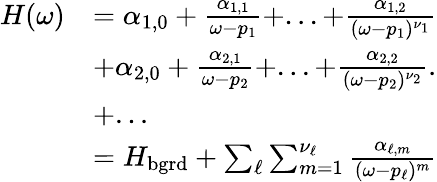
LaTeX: \begin{array}{r}{\begin{array}{rl}{H(\omega)}&{=\alpha_{1,0}+\frac{\alpha_{1,1}}{\omega-p_{1}}+...+\frac{\alpha_{1,2}}{(\omega-p_{1})^{\nu_{1}}}}\\ &{+\alpha_{2,0}+\frac{\alpha_{2,1}}{\omega-p_{2}}+...+\frac{\alpha_{2,2}}{(\omega-p_{2})^{\nu_{2}}}.}\\ &{+...}\\ &{=H_{\mathrm{bgrd}}+\sum_{\ell}\sum_{m=1}^{\nu_{\ell}}\frac{\alpha_{\ell,m}}{(\omega-p_{\ell})^{m}}}\end{array}}\end{array}